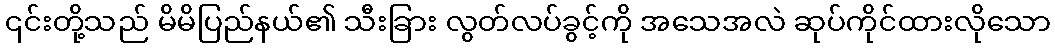
၎င်းတို့သည် မိမိပြည်နယ်၏ သီးခြား လွတ်လပ်ခွင့်ကို အသေအလဲ ဆုပ်ကိုင်ထားလိုသော